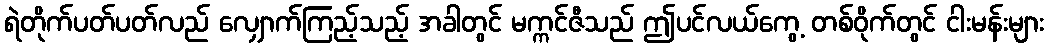
ရဲတိုက်ပတ်ပတ်လည် လျှောက်ကြည့်သည့် အခါတွင် မက္ကင်ဇီသည် ဤပင်လယ်ကွေ့ တစ်ဝိုက်တွင် ငါးမန်းများ